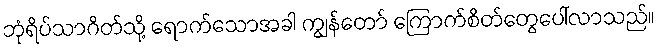
ဘုံရိပ်သာဂိတ်သို့ ရောက်သောအခါ ကျွန်တော် ကြောက်စိတ်တွေပေါ်လာသည်။